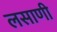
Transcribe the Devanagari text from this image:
लसाणी